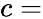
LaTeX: c=